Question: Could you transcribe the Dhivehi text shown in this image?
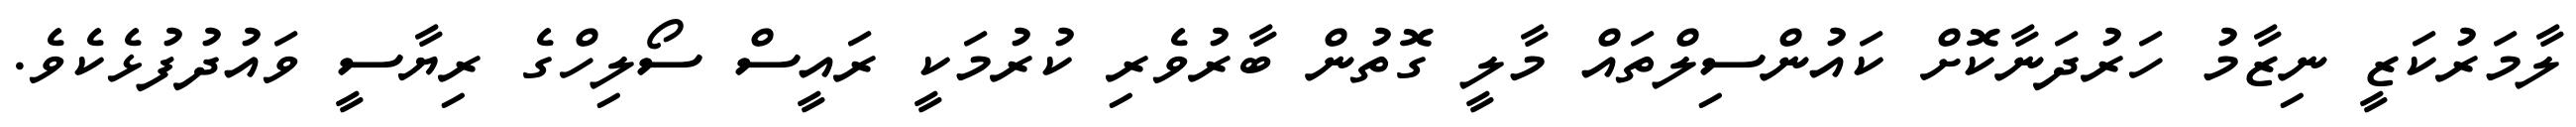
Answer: ލާމަރުކަޒީ ނިޒާމު ހަރުދަނާކޮށް ކައުންސިލްތައް މާލީ ގޮތުން ބާރުވެރި ކުރުމަކީ ރައީސް ސޯލިހްގެ ރިޔާސީ ވައުދުފުޅެކެވެ.